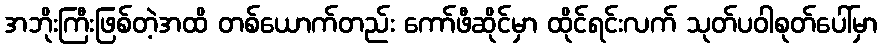
အဘိုးကြီးဖြစ်တဲ့အထိ တစ်ယောက်တည်း ကော်ဖီဆိုင်မှာ ထိုင်ရင်းလက် သုတ်ပဝါစုတ်ပေါ်မှာ